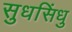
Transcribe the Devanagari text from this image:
सुधसिंधु